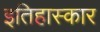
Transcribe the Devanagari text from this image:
इतिहास्कार